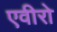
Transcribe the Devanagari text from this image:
एवीरो